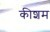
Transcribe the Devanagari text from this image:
कीशम